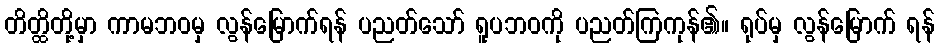
တိတ္ထိတို့မှာ ကာမဘဝမှ လွန်မြောက်ရန် ပညတ်သော် ရူပဘဝကို ပညတ်ကြကုန်၏။ ရုပ်မှ လွန်မြောက် ရန်